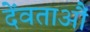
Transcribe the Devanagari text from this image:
देंवताऔं